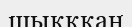
шықққан